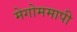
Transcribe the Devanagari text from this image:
मेगोममापी